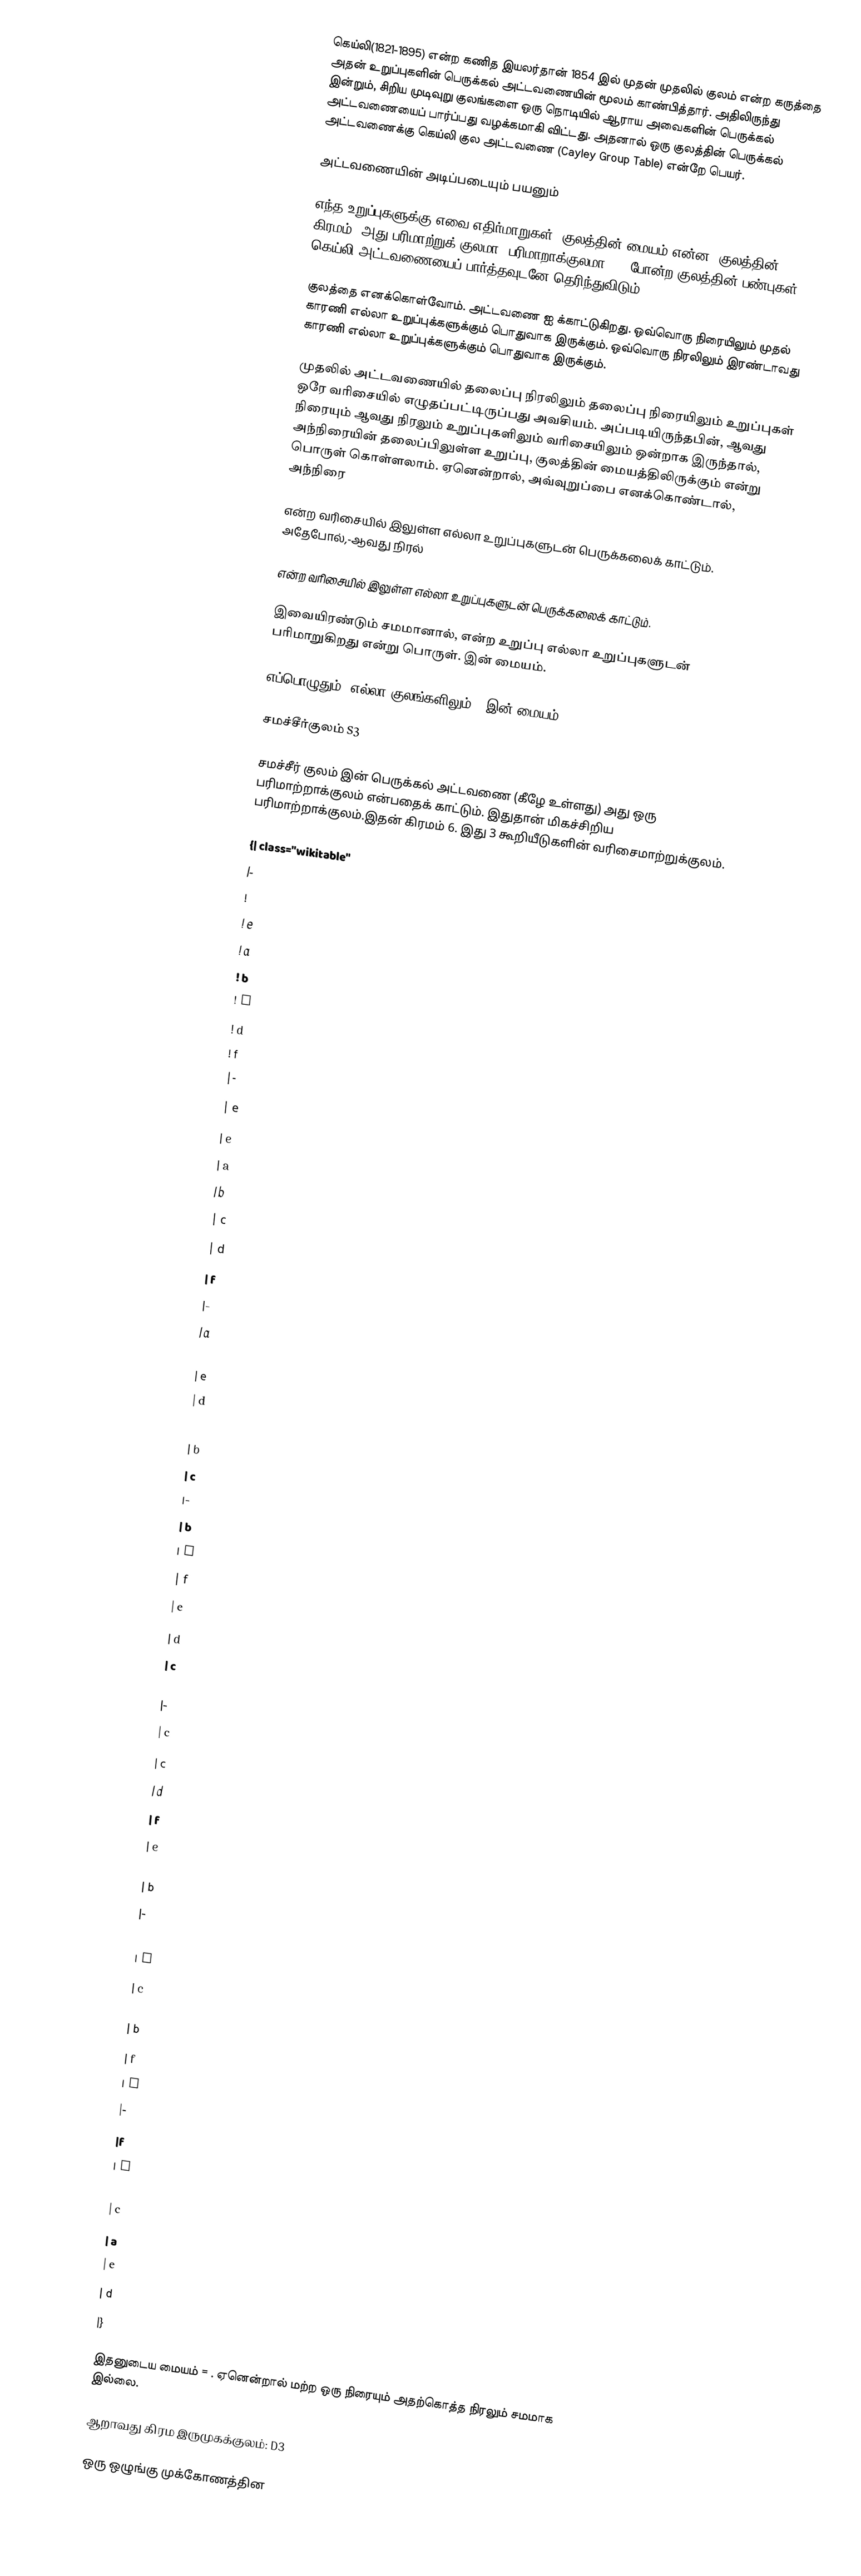
கெய்லி(1821-1895) என்ற கணித இயலர்தான் 1854 இல் முதன் முதலில் குலம் என்ற கருத்தை அதன் உறுப்புகளின் பெருக்கல் அட்டவணையின் மூலம் காண்பித்தார். அதிலிருந்து இன்றும், சிறிய முடிவுறு குலங்களை ஒரு நொடியில் ஆராய அவைகளின் பெருக்கல் அட்டவணையைப் பார்ப்பது வழக்கமாகி விட்டது. அதனால் ஒரு குலத்தின் பெருக்கல் அட்டவணைக்கு கெய்லி குல அட்டவணை (Cayley Group Table) என்றே பெயர்.

அட்டவணையின் அடிப்படையும் பயனும்

எந்த உறுப்புகளுக்கு எவை எதிர்மாறுகள், குலத்தின் மையம் என்ன, குலத்தின் கிரமம், அது பரிமாற்றுக் குலமா, பரிமாறாக்குலமா, -- போன்ற குலத்தின் பண்புகள் கெய்லி அட்டவணையைப் பார்த்தவுடனே தெரிந்துவிடும்.

குலத்தை  எனக்கொள்வோம். அட்டவணை  ஐ க்காட்டுகிறது. ஒவ்வொரு நிரையிலும் முதல் காரணி  எல்லா உறுப்புக்களுக்கும் பொதுவாக இருக்கும். ஒவ்வொரு நிரலிலும் இரண்டாவது காரணி  எல்லா உறுப்புக்களுக்கும் பொதுவாக இருக்கும்.

முதலில் அட்டவணையில் தலைப்பு நிரலிலும் தலைப்பு நிரையிலும் உறுப்புகள் ஒரே வரிசையில் எழுதப்பட்டிருப்பது அவசியம். அப்படியிருந்தபின், ஆவது நிரையும் ஆவது நிரலும் உறுப்புகளிலும் வரிசையிலும் ஒன்றாக இருந்தால், அந்நிரையின் தலைப்பிலுள்ள உறுப்பு, குலத்தின் மையத்திலிருக்கும் என்று பொருள் கொள்ளலாம். ஏனென்றால், அவ்வுறுப்பை  எனக்கொண்டால், அந்நிரை

என்ற வரிசையில்  இலுள்ள எல்லா உறுப்புகளுடன் பெருக்கலைக் காட்டும். அதேபோல்,-ஆவது நிரல்

என்ற வரிசையில்  இலுள்ள எல்லா உறுப்புகளுடன் பெருக்கலைக் காட்டும்.

இவையிரண்டும் சமமானால்,  என்ற உறுப்பு எல்லா உறுப்புகளுடன் பரிமாறுகிறது என்று பொருள். இன் மையம்.

எப்பொழுதும், எல்லா குலங்களிலும், -இன் மையம்.

சமச்சீர்குலம் S3

சமச்சீர் குலம்  இன் பெருக்கல் அட்டவணை (கீழே உள்ளது) அது ஒரு பரிமாற்றாக்குலம் என்பதைக் காட்டும். இதுதான் மிகச்சிறிய பரிமாற்றாக்குலம்.இதன் கிரமம் 6. இது 3 கூறியீடுகளின் வரிசைமாற்றுக்குலம்.

{| class="wikitable"
|-
!
! e
! a
! b
! c
! d
! f
|-
| e
| e
| a
| b
| c
| d
| f
|-
| a
| a
| e
| d
| f
| b
| c
|-
| b
| b
| f
| e
| d
| c
| a
|-
| c
| c
| d
| f
| e
| a
| b
|-
|d
| d
| c
| a
| b
| f
| e
|-
|f
| f
| b
| c
| a
| e
| d
|}

இதனுடைய மையம் = . ஏனென்றால் மற்ற ஒரு நிரையும் அதற்கொத்த நிரலும் சமமாக இல்லை.

ஆறாவது கிரம இருமுகக்குலம்: D3

ஒரு ஒழுங்கு முக்கோணத்தின